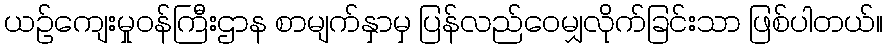
ယဉ်ကျေးမှုဝန်ကြီးဌာန စာမျက်နှာမှ ပြန်လည်ဝေမျှလိုက်ခြင်းသာ ဖြစ်ပါတယ်။